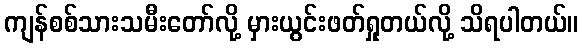
ကျန်စစ်သားသမီးတော်လို့ မှားယွင်းဖတ်ရှုတယ်လို့ သိရပါတယ်။